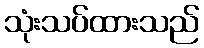
သုံးသပ်ထားသည်